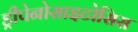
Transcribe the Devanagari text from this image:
ड्रीपेनोसाइटोसिस